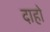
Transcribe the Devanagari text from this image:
दाहो